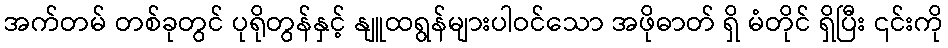
အက်တမ် တစ်ခုတွင် ပုရိုတွန်နှင့် နျူထရွန်များပါဝင်သော အဖိုဓာတ် ရှိ မံတိုင် ရှိပြီး ၎င်းကို